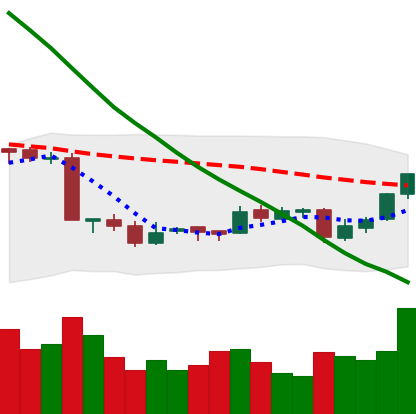
Ticker: EOS-USD
Chart end date: 2018-09-21
Forward return: -9.556%
Label: down_7plus